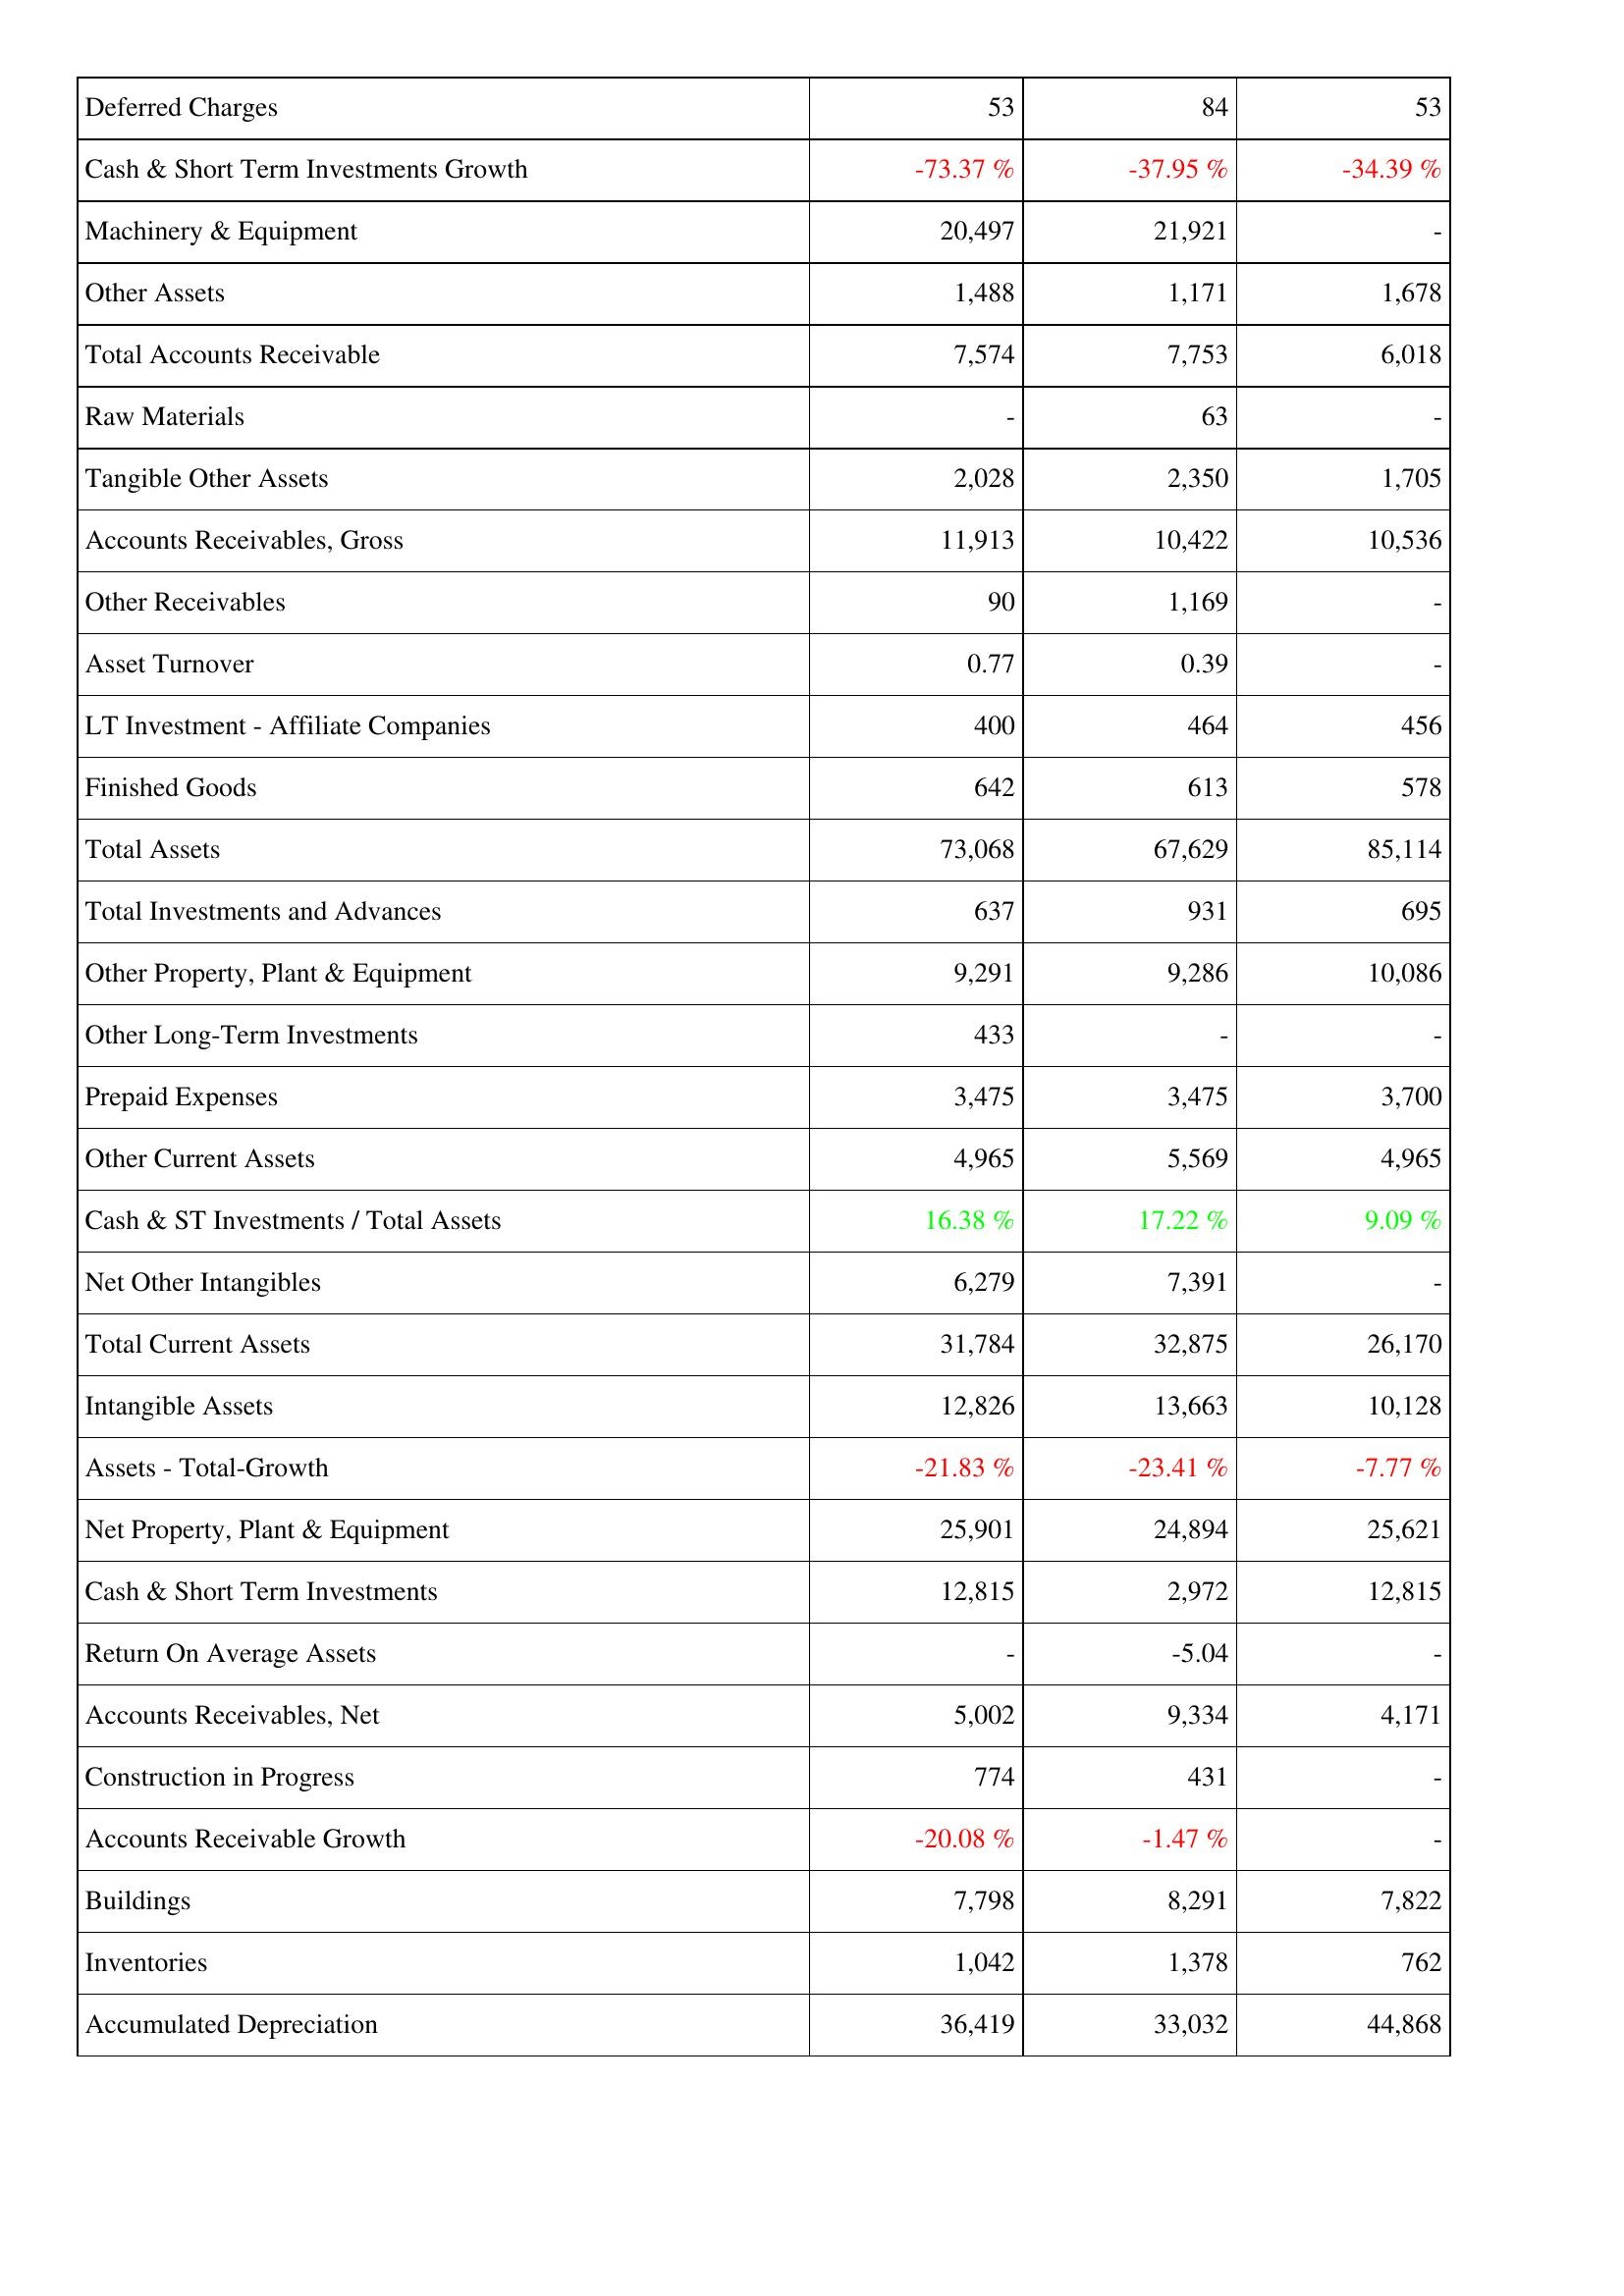
2017: Assets: Deferred Charges: 53
Cash & Short Term Investments Growth: -73.37 %
Machinery & Equipment: 20,497
Other Assets: 1,488
Total Accounts Receivable: 7,574
Raw Materials: -
Tangible Other Assets: 2,028
Accounts Receivables, Gross: 11,913
Other Receivables: 90
Asset Turnover: 0.77
LT Investment - Affiliate Companies: 400
Finished Goods: 642
Total Assets: 73,068
Total Investments and Advances: 637
Other Property, Plant & Equipment: 9,291
Other Long-Term Investments: 433
Prepaid Expenses: 3,475
Other Current Assets: 4,965
Cash & ST Investments / Total Assets: 16.38 %
Net Other Intangibles: 6,279
Total Current Assets: 31,784
Intangible Assets: 12,826
Assets - Total-Growth: -21.83 %
Net Property, Plant & Equipment: 25,901
Cash & Short Term Investments: 12,815
Return On Average Assets: -
Accounts Receivables, Net: 5,002
Construction in Progress: 774
Accounts Receivable Growth: -20.08 %
Buildings: 7,798
Inventories: 1,042
Accumulated Depreciation: 36,419
2016: Assets: Deferred Charges: 84
Cash & Short Term Investments Growth: -37.95 %
Machinery & Equipment: 21,921
Other Assets: 1,171
Total Accounts Receivable: 7,753
Raw Materials: 63
Tangible Other Assets: 2,350
Accounts Receivables, Gross: 10,422
Other Receivables: 1,169
Asset Turnover: 0.39
LT Investment - Affiliate Companies: 464
Finished Goods: 613
Total Assets: 67,629
Total Investments and Advances: 931
Other Property, Plant & Equipment: 9,286
Other Long-Term Investments: -
Prepaid Expenses: 3,475
Other Current Assets: 5,569
Cash & ST Investments / Total Assets: 17.22 %
Net Other Intangibles: 7,391
Total Current Assets: 32,875
Intangible Assets: 13,663
Assets - Total-Growth: -23.41 %
Net Property, Plant & Equipment: 24,894
Cash & Short Term Investments: 2,972
Return On Average Assets: -5.04
Accounts Receivables, Net: 9,334
Construction in Progress: 431
Accounts Receivable Growth: -1.47 %
Buildings: 8,291
Inventories: 1,378
Accumulated Depreciation: 33,032
2015: Assets: Deferred Charges: 53
Cash & Short Term Investments Growth: -34.39 %
Machinery & Equipment: -
Other Assets: 1,678
Total Accounts Receivable: 6,018
Raw Materials: -
Tangible Other Assets: 1,705
Accounts Receivables, Gross: 10,536
Other Receivables: -
Asset Turnover: -
LT Investment - Affiliate Companies: 456
Finished Goods: 578
Total Assets: 85,114
Total Investments and Advances: 695
Other Property, Plant & Equipment: 10,086
Other Long-Term Investments: -
Prepaid Expenses: 3,700
Other Current Assets: 4,965
Cash & ST Investments / Total Assets: 9.09 %
Net Other Intangibles: -
Total Current Assets: 26,170
Intangible Assets: 10,128
Assets - Total-Growth: -7.77 %
Net Property, Plant & Equipment: 25,621
Cash & Short Term Investments: 12,815
Return On Average Assets: -
Accounts Receivables, Net: 4,171
Construction in Progress: -
Accounts Receivable Growth: -
Buildings: 7,822
Inventories: 762
Accumulated Depreciation: 44,868